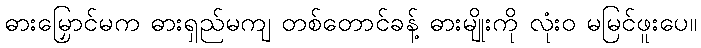
ဓားမြှောင်မက ဓားရှည်မကျ တစ်တောင်ခန့် ဓားမျိုးကို လုံးဝ မမြင်ဖူးပေ။